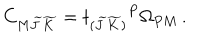
C _ { M \widetilde J \widetilde K } = t _ { ( \widetilde { J } \widetilde { K } ) } { } ^ { P } \Omega _ { P M } \, .